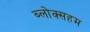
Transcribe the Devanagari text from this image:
ब्लोक्सहम